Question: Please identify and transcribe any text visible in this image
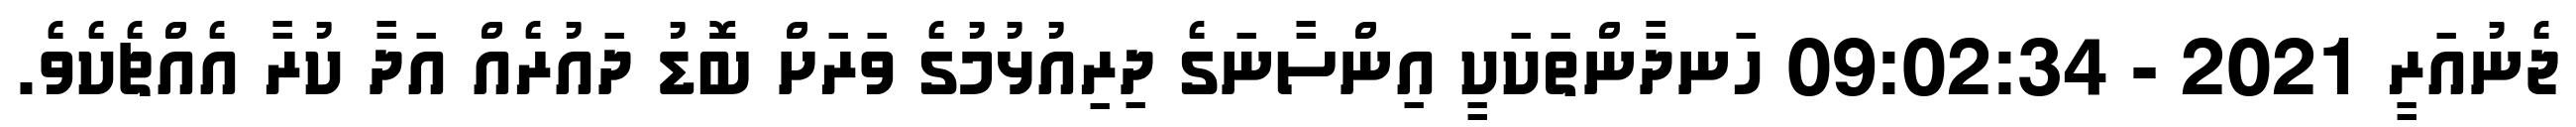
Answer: ޖެނުއަރީ 2021 - 09:02:34 ހަނދާންތަކަކީ އިންސާނަގެ ދިރިއުޅުމުގެ ވަރަށް ބޮޑު ދައުރެއް އަދާ ކުރާ އެއްޗެކެވެ.